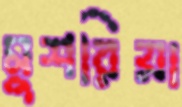
মুশরিয়া